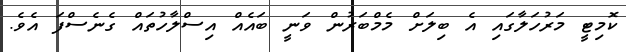
ކޮމިޓީ މަރުހަލާގައި އެ ބިލަށް މެމްބަރުން ވަނީ ބައެއް އިސްލާހުތައް ގެނެސްފަ އެވެ.